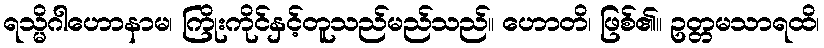
ရသ္မိဂါဟောနာမ၊ ကြိုးကိုင်နှင့်တူသည်မည်သည်။ ဟောတိ၊ ဖြစ်၏။ ဥတ္တမသာရထိ၊